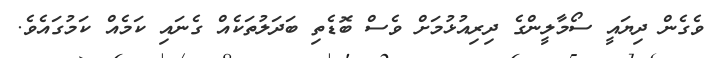
ވެގެން ދިޔައީ ސޯމާލީންގެ ދިރިއުޅުމަށް ވެސް ބޮޑެތި ބަދަލުތަކެއް ގެނައި ކަމެއް ކަމުގައެވެ.